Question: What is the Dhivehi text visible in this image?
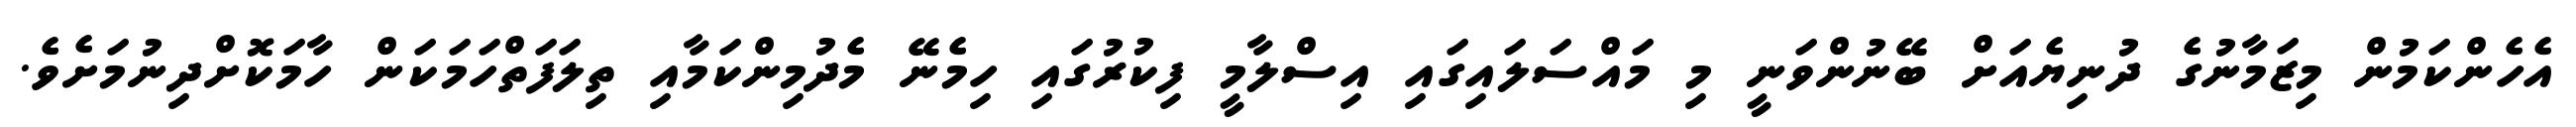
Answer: އެހެންކަމުން މިޒަމާނުގެ ދުނިޔެއަށް ބޭނުންވަނީ މި މައްސަލައިގައި އިސްލާމީ ފިކުރުގައި ހިމެނޭ މެދުމިންކަމާއި ތިލަފަތްހަމަކަން ހާމަކޮށްދިނުމަށެވެ.